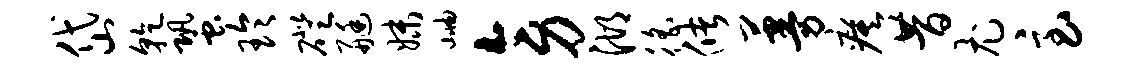
岱干蛩玲磴艇妹岫旁湖徭储蔓瘼昔尤急